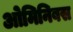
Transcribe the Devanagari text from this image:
ओमिनिबस